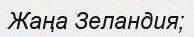
Жаңа Зеландия;